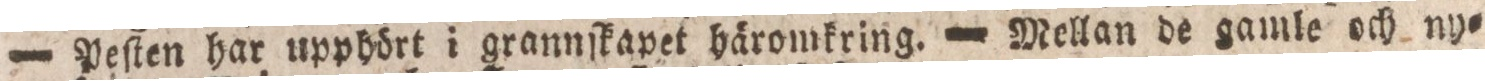
— Peſten har upphört i grannſkapet häromkring. — Mellan de gamle och ny=